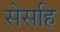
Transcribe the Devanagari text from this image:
सेसहि